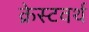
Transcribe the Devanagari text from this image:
क्रेस्टवर्थ